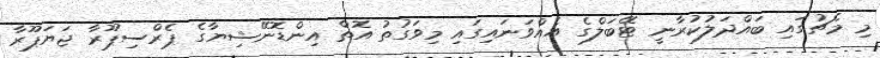
މި މެޗުގައި ބައްދަލުކުރާނީ ޓޭބަލްގެ އެއްވަނައިގައި މިވަގުތު އޮތް އިންޑޮނޭޝިޔާގެ ޕެރްސިޕޫރާ ޖަޔަޕޫރާ